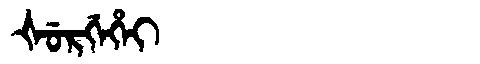
Manchu: ᡧᡠᡵᡤᡝᡥᡝᡳ
Romanization: ŠURGEHEI